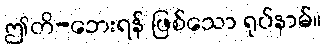
ဤတိ-ဘေးရန် ဖြစ်သော ရုပ်နာမ်။